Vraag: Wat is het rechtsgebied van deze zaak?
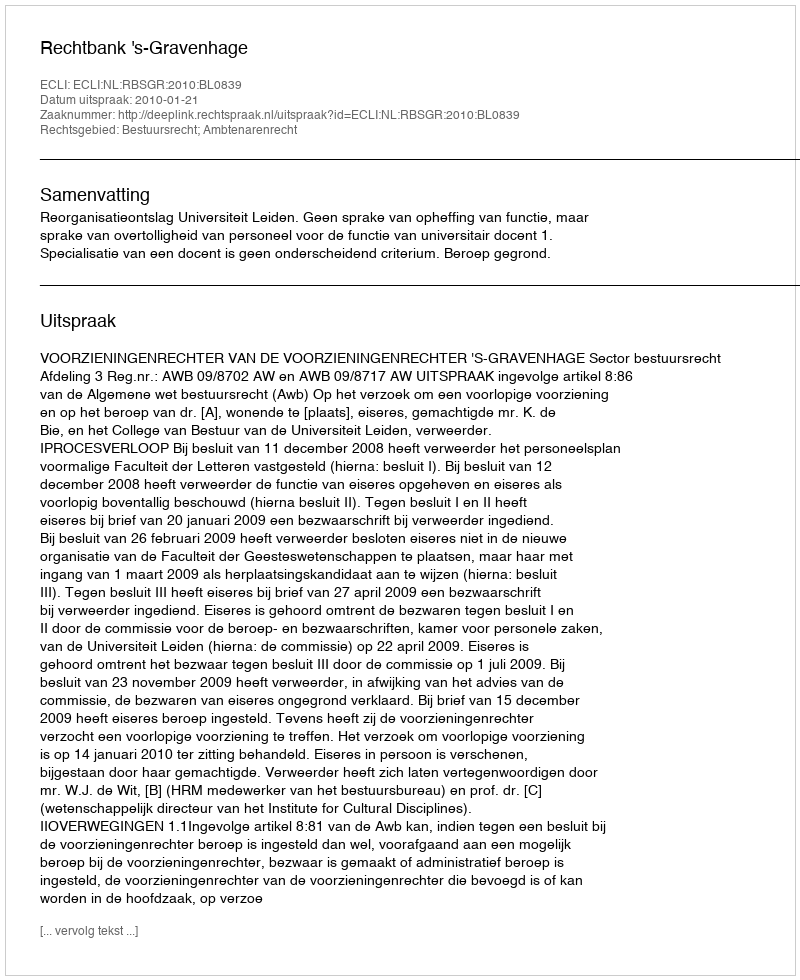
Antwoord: Bestuursrecht; Ambtenarenrecht